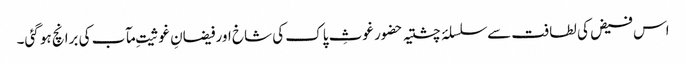
اس فیض کی لطافت سے سلسلۂ چشتیہ حضور غوثِ پاک کی شاخ اور فیضانِ غوثیتِ مآب کی برانچ ہو گئی۔